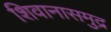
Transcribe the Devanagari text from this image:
शिवानासमुद्र